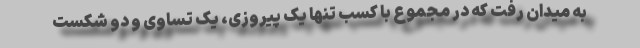
به میدان رفت که در مجموع با کسب تنها یک پیروزی، یک تساوی و دو شکست